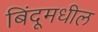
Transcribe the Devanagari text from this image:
बिंदूमधील